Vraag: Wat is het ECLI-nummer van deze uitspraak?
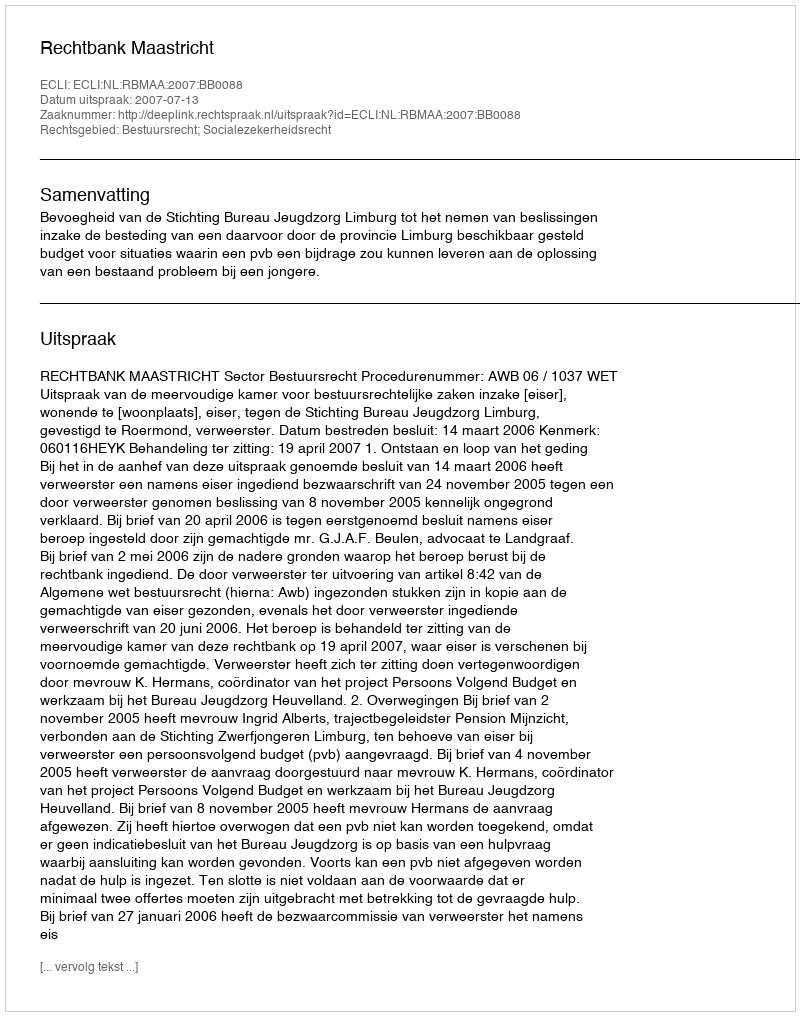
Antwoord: ECLI:NL:RBMAA:2007:BB0088